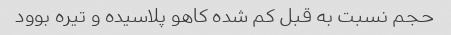
حجم نسبت به قبل کم شده کاهو پلاسیده و تیره بوود